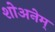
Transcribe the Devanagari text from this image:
शोअनेम्